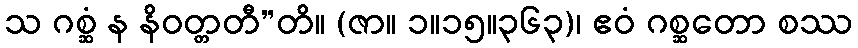
သ ဂစ္ဆံ န နိဝတ္တတီ”တိ။ (ဇာ။ ၁။၁၅။၃၆၃)၊ ဧဝံ ဂစ္ဆတော စဿ